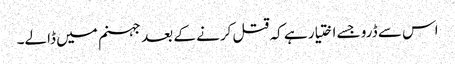
اس سے ڈرو جسے اختیار ہے کہ قتل کرنے کے بعد جہنم میں ڈالے۔